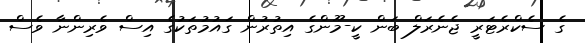
ގެ ސެކްރެޓަރީ ޖެނެރަލް ބަން ކީ-މޫންގެ އިތުރުން ގައުމުތަކުގެ އިސް ވެރިންނާ ވެސް